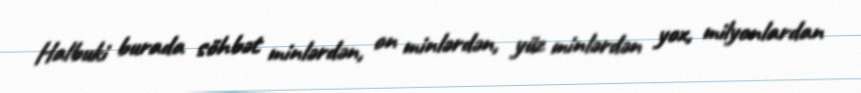
Halbuki burada söhbət minlərdən, on minlərdən, yüz minlərdən yox, milyonlardan